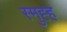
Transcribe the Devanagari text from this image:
स्मुह्ह